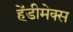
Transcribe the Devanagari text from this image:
हेंडीमेक्स